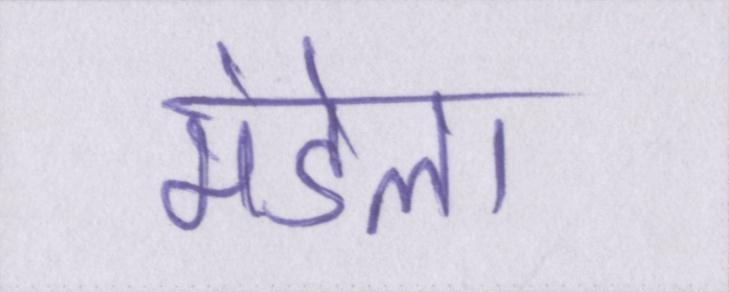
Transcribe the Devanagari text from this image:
मंडेला